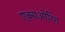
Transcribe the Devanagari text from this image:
एक्सओरिंग